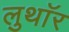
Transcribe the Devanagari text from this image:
लुथाॅर